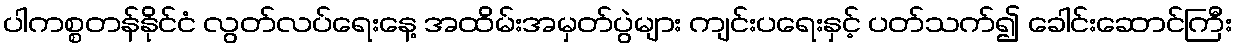
ပါကစ္စတန်နိုင်ငံ လွတ်လပ်ရေးနေ့ အထိမ်းအမှတ်ပွဲများ ကျင်းပရေးနှင့် ပတ်သက်၍ ခေါင်းဆောင်ကြီး